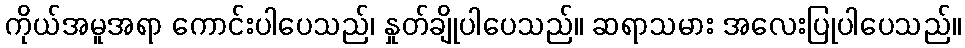
ကိုယ်အမူအရာ ကောင်းပါပေသည်၊ နှုတ်ချိုပါပေသည်။ ဆရာသမား အလေးပြုပါပေသည်။